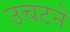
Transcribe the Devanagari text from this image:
उचटने